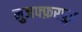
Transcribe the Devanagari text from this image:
मुजफ्फ़रपुर